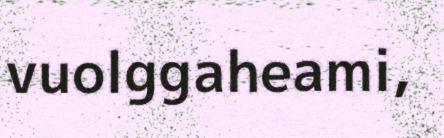
vuolggaheami,